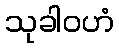
သုခါဝဟံ